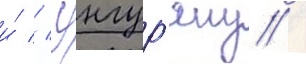
и́ // Унгур'яну /